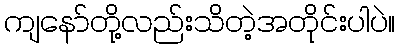
ကျနော်တို့လည်းသိတဲ့အတိုင်းပါပဲ။